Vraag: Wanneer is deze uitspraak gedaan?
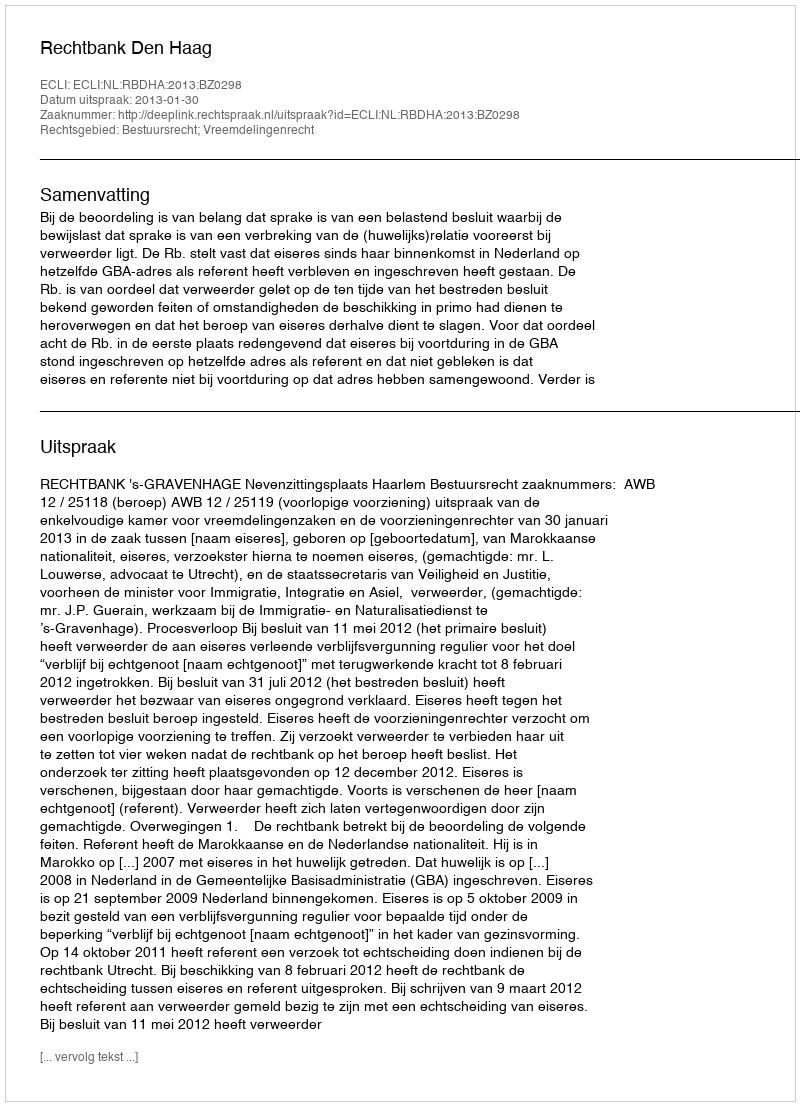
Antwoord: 2013-01-30